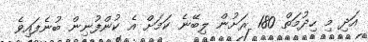
އަދި މި ހިދުމަތް 180 ރަށުން ލިބޭނެ ކަމަށް އެ ކުންފުނިން ބުނެފައިވެ